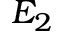
E _ { 2 }